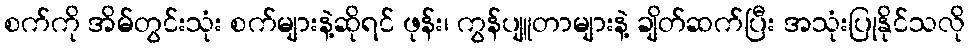
စက်ကို အိမ်တွင်းသုံး စက်များနဲ့ဆိုရင် ဖုန်း၊ ကွန်ပျူတာများနဲ့ ချိတ်ဆက်ပြီး အသုံးပြုနိုင်သလို